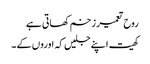
روح تعمیر زخم کھاتی ہے
کھیت اپنے جلیں کہ اوروں کے ۔